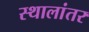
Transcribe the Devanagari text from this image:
स्थालांतर